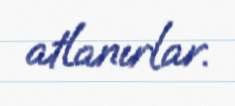
atlanırlar.